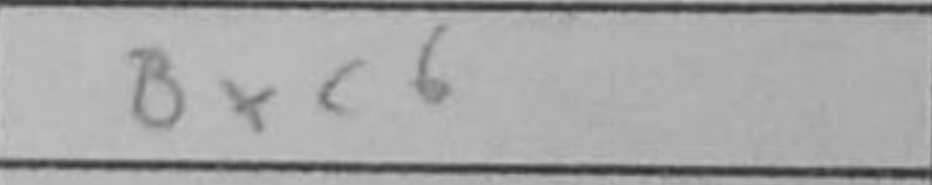
Transcription: Bxc6